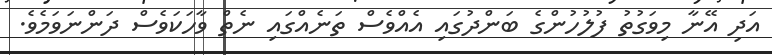
އަދި އޭނާ މިވަގުތު ފުލުހުންގެ ބަންދުގައި އެއްވެސް ތަނެއްގައި ނެތް ވާހަކަވެސް ދަންނަވަމެވެ.